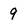
Character: 9